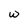
Character: W